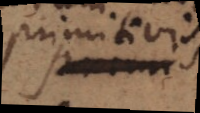
primitivis